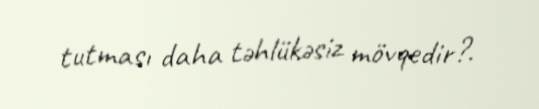
tutması daha təhlükəsiz mövqedir?.